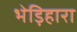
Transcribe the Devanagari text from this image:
भेड़िहारा